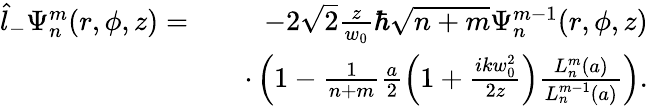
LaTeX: \begin{array}{rlr}{\hat{l}_{-}\Psi_{n}^{m}(r,\phi,z)=}&{}&{-2\sqrt{2}\frac{z}{w_{0}}\hbar\sqrt{n+m}\Psi_{n}^{m-1}(r,\phi,z)}\\ &{}&{\cdot\left(1-\frac{1}{n+m}\frac{a}{2}\left(1+\frac{ikw_{0}^{2}}{2z}\right)\frac{L_{n}^{m}(a)}{L_{n}^{m-1}(a)}\right).}\end{array}